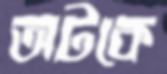
অটকে